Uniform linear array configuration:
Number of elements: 16
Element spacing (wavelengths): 0.75
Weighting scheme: binomial
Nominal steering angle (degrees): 60
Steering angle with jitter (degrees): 59.65
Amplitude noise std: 0.05
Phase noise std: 0.05

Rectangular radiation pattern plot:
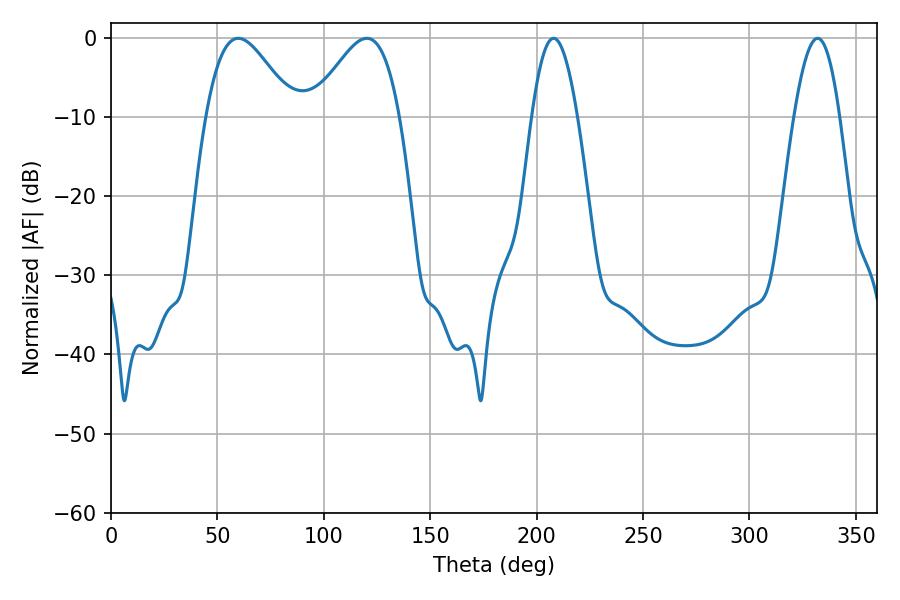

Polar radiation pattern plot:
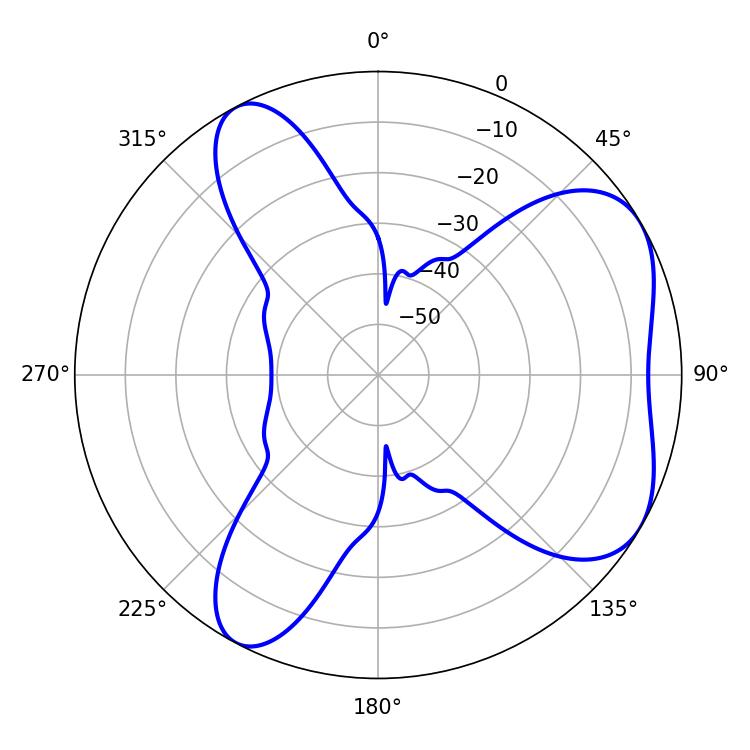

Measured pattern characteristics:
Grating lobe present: TRUE
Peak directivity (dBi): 5.526
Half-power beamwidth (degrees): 21.96
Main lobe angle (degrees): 59.76